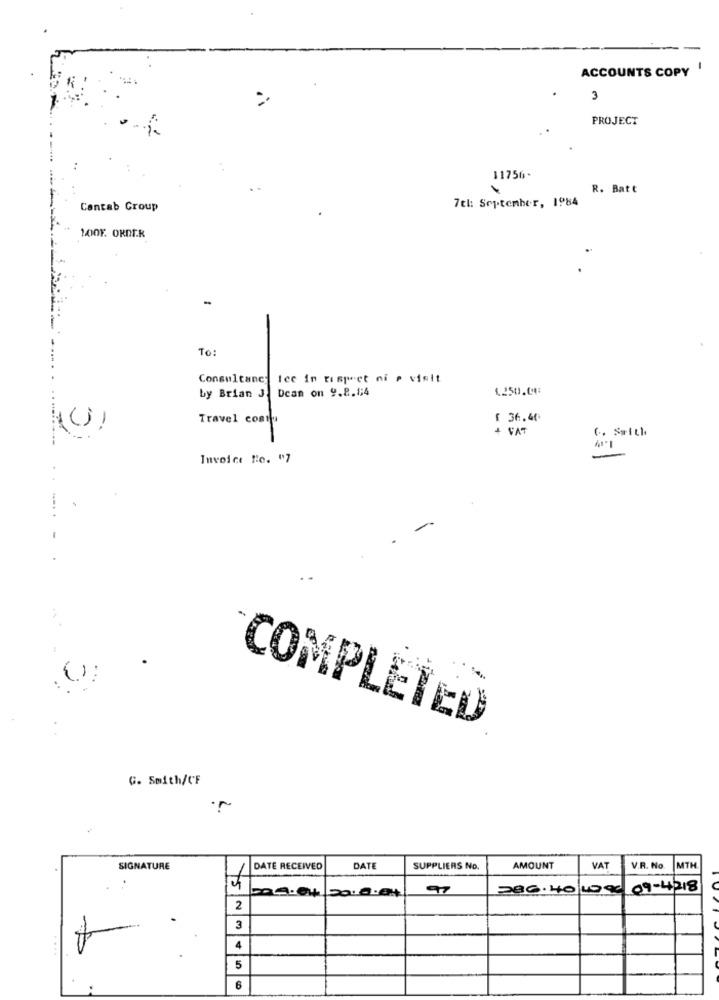
ACCOUNTS COPY
3
PROJECT
11756.
R. Batt
7th September, 1984
Cantab Group
100F. ORDER
To:
Consultancy tee in respect ni p visit
by Brian J. Dcan on 9.8.14
1250.00
Travel costa
£ 36.40
+ VAT
C. Swith
Invoice le. "7
COMPLETED
G. Smith/C'F
1.
SIGNATURE
DATE RECEIVED
DAT
SUPPLIERS No
AMOUNT
VAT
V.R. No
MTH
97
286.40|19.90 09-4218
+5/
20:0:04
2
3
4
5
6